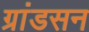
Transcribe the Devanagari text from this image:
ग्रांडसन